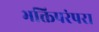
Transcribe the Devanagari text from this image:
भक्तिपरंपरा